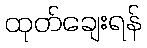
ထုတ်ချေးရန်